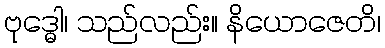
ဗုဒ္ဓေါ၊ သည်လည်း။ နိယောဇေတိ၊